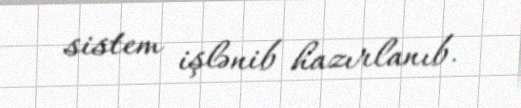
sistem işlənib hazırlanıb.